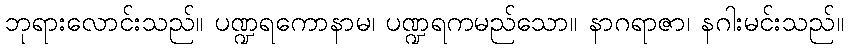
ဘုရားလောင်းသည်။ ပဏ္ဍရကောနာမ၊ ပဏ္ဍရကမည်သော။ နာဂရာဇာ၊ နဂါးမင်းသည်။